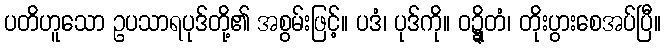
ပတိဟူသော ဥပသာရပုဒ်တို့၏ အစွမ်းဖြင့်။ ပဒံ၊ ပုဒ်ကို။ ဝဍ္ဍ္ဎိတံ၊ တိုးပွားစေအပ်ပြီ။